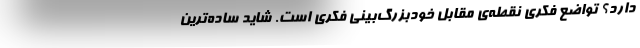
دارد؟ تواضع فکری نقطه‌ی مقابل خودبزرگ‌بینی فکری است. شاید ساده‌ترین